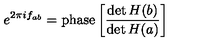
e ^ { 2 \pi i f _ { a b } } = \mathrm { p h a s e } \left[ \frac { \det H ( b ) } { \det H ( a ) } \right]